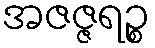
အဇဇ္ဇရဉ္စ